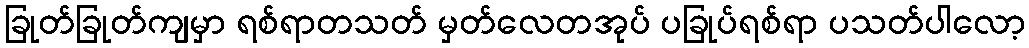
ခြုတ်ခြုတ်ကျမှာ ရစ်ရာတသတ် မှတ်လေတအုပ် ပခြုပ်ရစ်ရာ ပသတ်ပါလော့